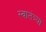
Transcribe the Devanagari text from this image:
स्वातंत्र्या